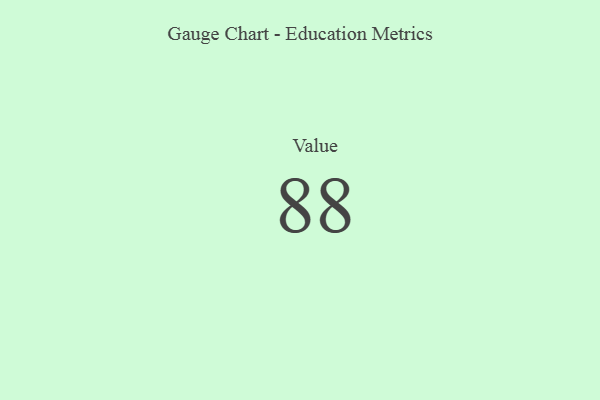
{"axis": {"x": "Metric", "y": "Value"}, "legend": [""], "data": [{"x": "Value", "y": 88, "type": ""}]}